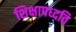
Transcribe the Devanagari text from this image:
शिक्षापध्दति